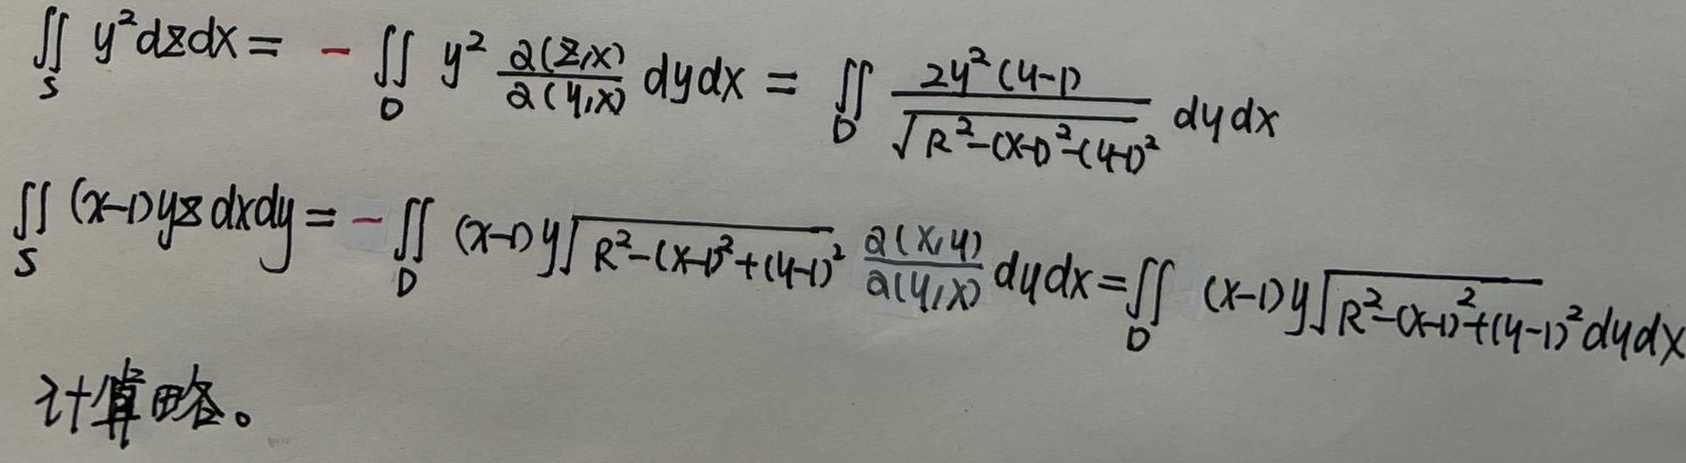
计算略。
\[\begin{align*}
\iint_{S} y^{2}dzdx&=-\iint_{D} y^{2}\frac{\partial(z,x)}{\partial(y,x)}dydx = \iint_{D} \frac{2y^{2}(y - 1)}{\sqrt{R^{2}-(x - 1)^{2}-(y + 1)^{2}}}dydx\\
\iint_{S} (x - 1)yzdxdy&=-\iint_{D} (x - 1)y\sqrt{R^{2}-(x - 1)^{2}+(y - 1)^{2}}\frac{\partial(x,y)}{\partial(y,x)}dydx=\iint_{D} (x - 1)y\sqrt{R^{2}-(x - 1)^{2}+(y - 1)^{2}}dydx
\end{align*}\]